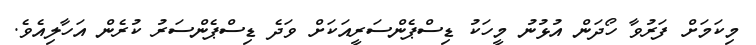
މިކަމަށް ފަރުވާ ހޯދަން އުޅުނު މީހަކު ޑިސްޕެންސަރީއަކަށް ވަދެ ޑިސްޕެންސަރު ކުރެން އަހާލިއެވެ.